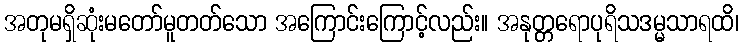
အတုမရှိဆုံးမတော်မူတတ်သော အကြောင်းကြောင့်လည်း။ အနုတ္တရောပုရိသဒမ္မသာရထိ၊